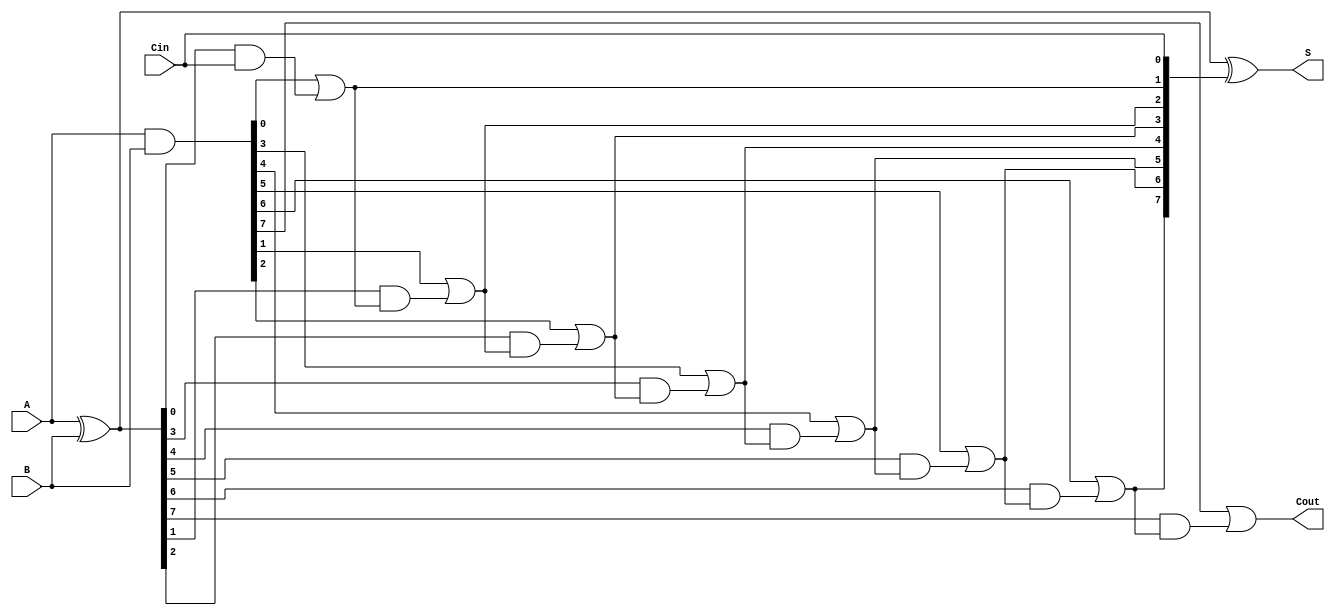
module SklanskyAdder #(parameter N = 8) (
    input  [N-1:0] A,      // First n-bit input
    input  [N-1:0] B,      // Second n-bit input
    input         Cin,      // Carry-in
    output [N-1:0] S,      // n-bit sum output
    output        Cout      // Carry-out output
);

    // Generate and Propagate signals
    wire [N-1:0] G; // Generate signals
    wire [N-1:0] P; // Propagate signals
    wire [N:0] C;    // Carry signals (C[0] is Cin)

    // Carry Generation
    assign G = A & B;          // Generate
    assign P = A ^ B;          // Propagate
    assign C[0] = Cin;         // Carry-in

    // Carry Propagation Logic
    genvar i;
    generate
        for (i = 0; i < N; i = i + 1) begin : carry_logic
            if (i == 0) begin
                assign C[i+1] = G[i] | (P[i] & C[i]); // C[1] = G[0] | (P[0] & C[0])
            end else begin
                assign C[i+1] = G[i] | (P[i] & C[i]); // C[i+1] = G[i] | (P[i] & C[i])
            end
        end
    endgenerate

    // Sum Calculation
    assign S = P ^ C[N-1:0]; // S[i] = P[i] ^ C[i]

    // Carry-out
    assign Cout = C[N]; // Final carry-out

endmodule